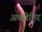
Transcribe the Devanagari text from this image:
अक्सेहिर